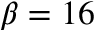
\beta = 1 6